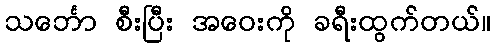
သင်္ဘော စီးပြီး အဝေးကို ခရီးထွက်တယ်။